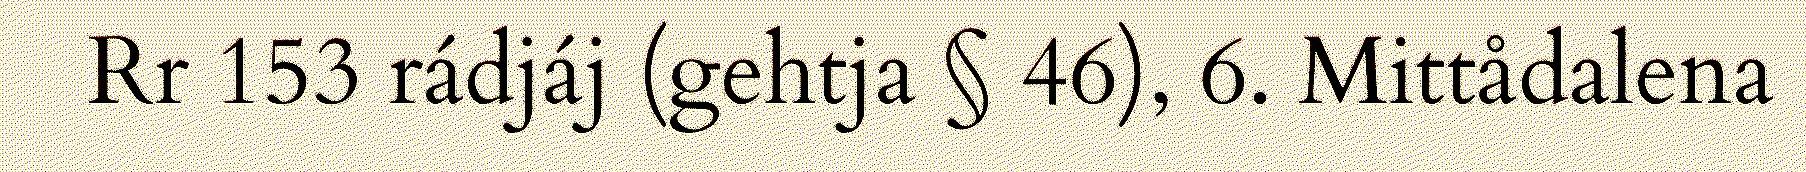
Rr 153 rádjáj (gehtja § 46), 6. Mittådalena